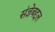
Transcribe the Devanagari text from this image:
संज्ञेबद्दल